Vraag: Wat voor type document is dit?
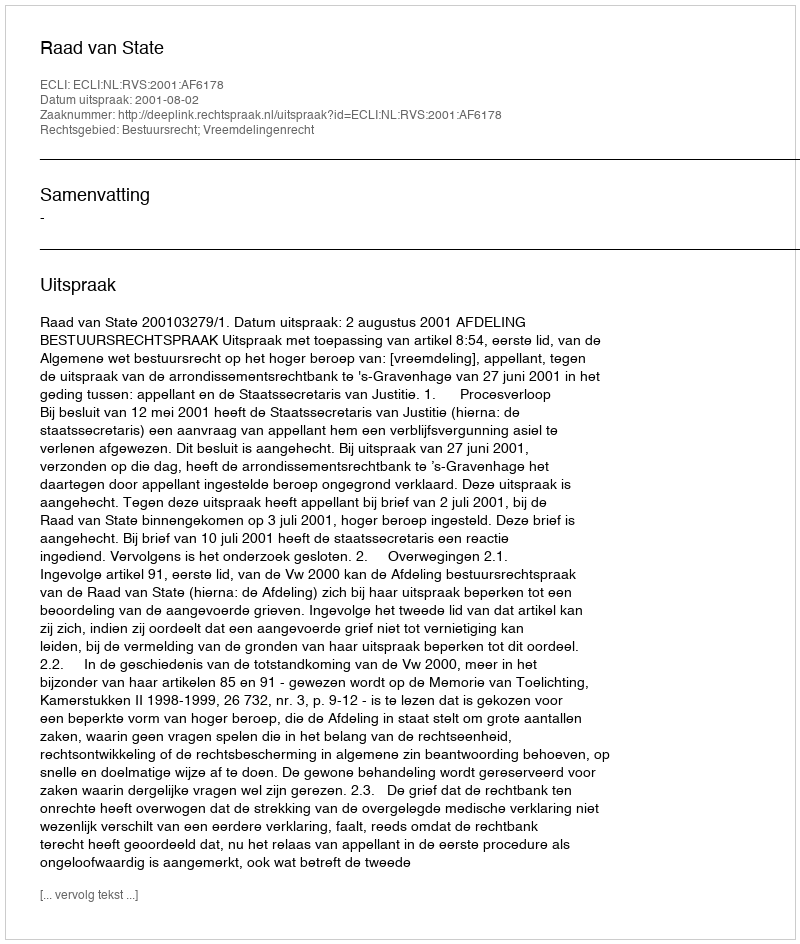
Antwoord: Uitspraak